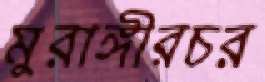
মুরাঙ্গীরচর